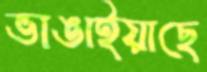
ভাঙাইয়াছে